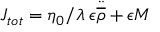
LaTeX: J _ { t o t } = \eta _ { 0 } / \lambda \; \epsilon \ddot { \overline { { { \rho } } } } + \epsilon M